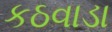
કઠવાડા